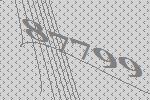
87799